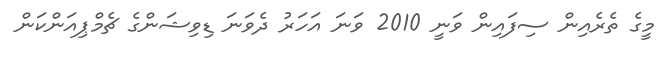
މީގެ ތެރެއިން ސިފައިން ވަނީ 2010 ވަނަ އަހަރު ދެވަނަ ޑިވިޝަންގެ ޗެމްޕިއަންކަން